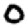
Digit: 0